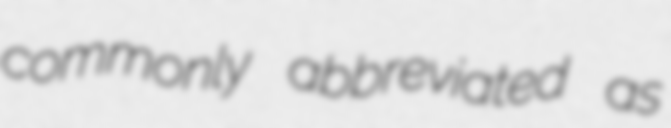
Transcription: commonly abbreviated as